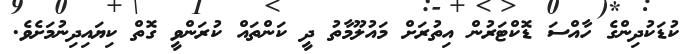
ކުޑަކުދިންގެ ހާއްސަ ޑޮކްޓަރުން އިތުރަށް މައުލޫމާތު ދީ ކަންތައް ކުރަންވީ ގޮތް ކިޔައިދިނުމަށެވެ.